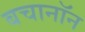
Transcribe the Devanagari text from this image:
बचानॉन